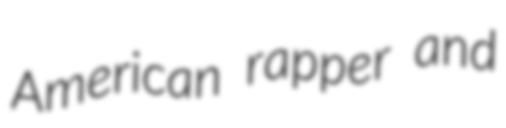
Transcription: American rapper and